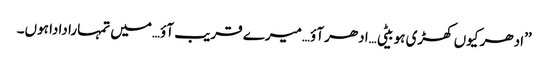
’’ادھر کیوں کھڑی ہو بیٹی…ادھر آؤ…میرے قریب آؤ…میں تمہارا دادا ہوں۔